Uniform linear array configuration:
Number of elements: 16
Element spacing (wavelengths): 0.25
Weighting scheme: uniform
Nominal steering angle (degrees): -45
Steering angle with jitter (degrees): -43.572
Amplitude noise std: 0.05
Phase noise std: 0.05

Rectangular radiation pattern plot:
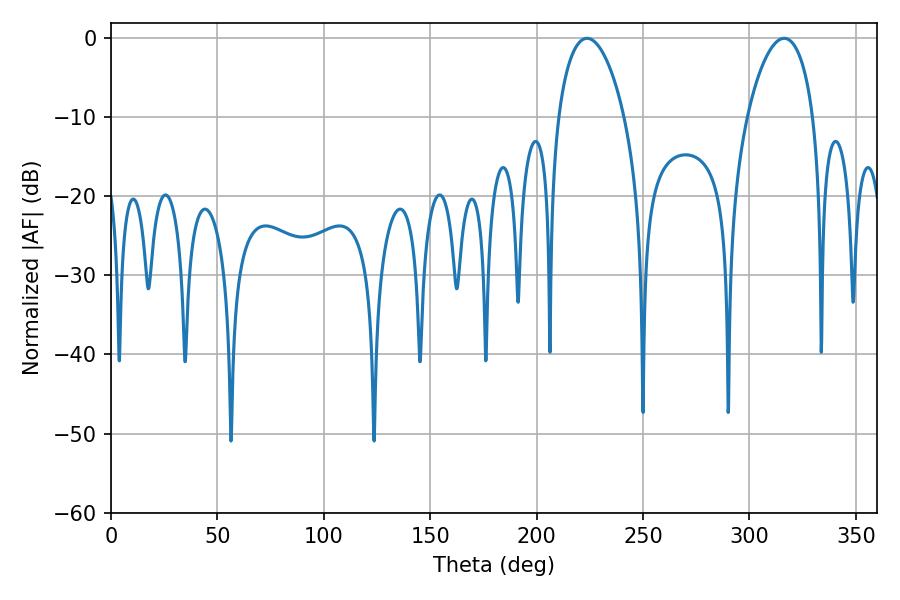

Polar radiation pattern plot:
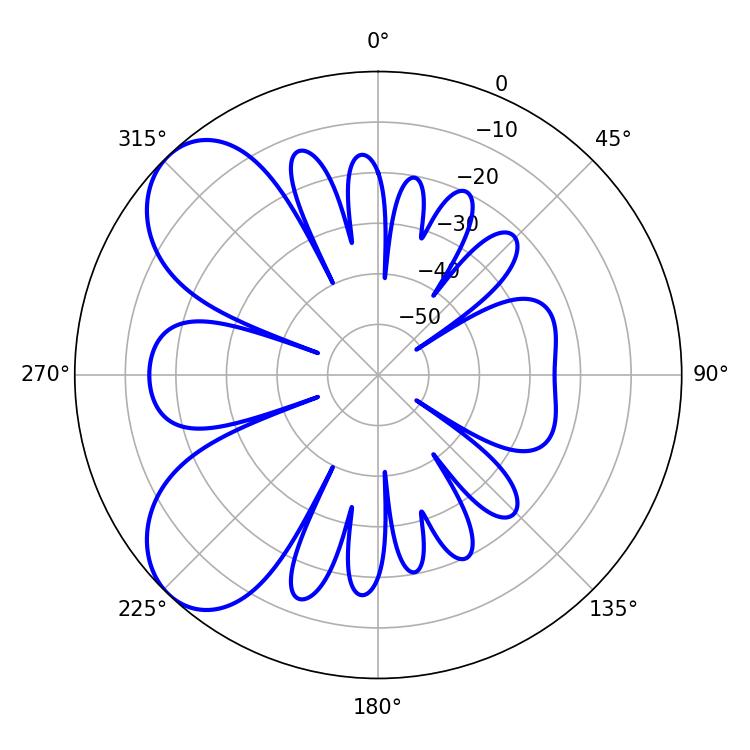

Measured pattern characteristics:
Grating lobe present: FALSE
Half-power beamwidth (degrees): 17.64
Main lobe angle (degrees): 223.74